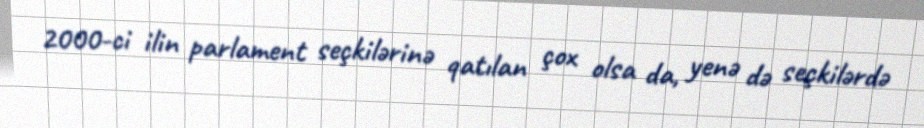
2000-ci ilin parlament seçkilərinə qatılan çox olsa da, yenə də seçkilərdə